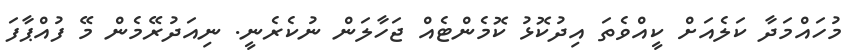
މުހައްމަދާ ކަލެއަށް ކީއްވެތަ އިދުކޮޅު ކޮމެންޓެއް ޖަހާލަން ނުކެރެނީ. ނިއަދުރޭމެން މޭ ފުއްޕާފަ